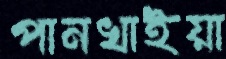
পানখাইয়া